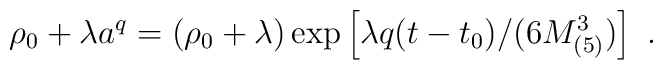
\rho_0 + \lambda a^q = \left(\rho_0+ \lambda\right)\exp \left[ \lambda q (t-t_0)/(6M^3_{(5)})\right]\ .